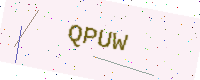
Text: QPUW